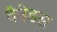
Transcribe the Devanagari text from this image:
वैनेडस